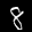
Label: 8